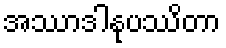
အဿာဒါနုပဿိတာ